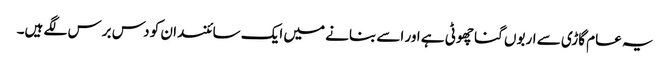
یہ عام گاڑی سے اربوں گنا چھوٹی ہے اور اسے بنانے میں ایک سائنسدان کو دس برس لگے ہیں۔